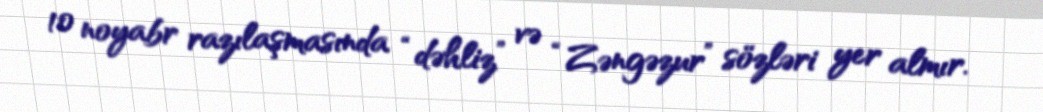
10 noyabr razılaşmasında “dəhliz” və “Zəngəzur” sözləri yer almır.